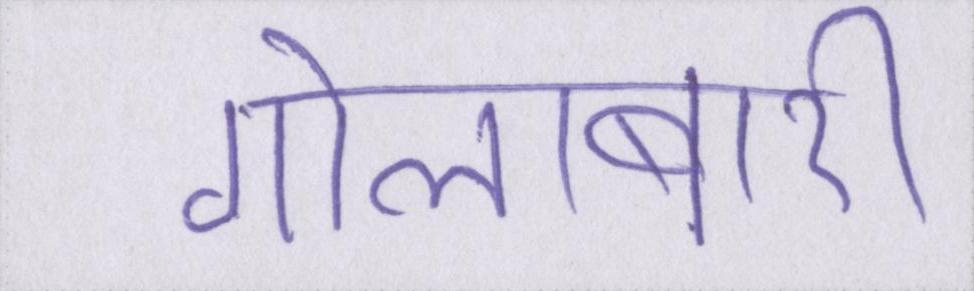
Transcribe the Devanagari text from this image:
गोलाबारी